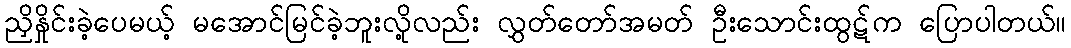
ညှိနှိုင်းခဲ့ပေမယ့် မအောင်မြင်ခဲ့ဘူးလို့လည်း လွှတ်တော်အမတ် ဦးသောင်းထွဋ်က ပြောပါတယ်။